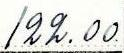
122.00